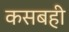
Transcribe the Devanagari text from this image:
कसबही